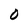
Character: O